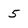
Character: 5